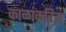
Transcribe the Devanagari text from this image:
काळांकरिता